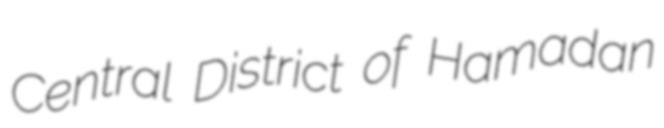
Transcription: Central District of Hamadan